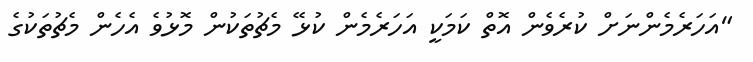
"އަހަރެމެންނަށް ކުރެވެން އޮތް ކަމަކީ އަހަރެމެން ކުޅޭ މެޗުތަކުން މޮޅުވެ އެހެން މެޗުތަކުގެ